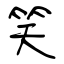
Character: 笑